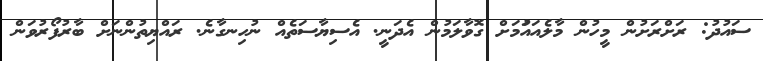
ސައުދު: ރަށްރަށުން މީހުން މާލެއައަުމަށް ގޮވާލަމުން އެދަނީ. އެސިޔާސަތެއް ނުހިނގާނެ. ރައްޔިތުންނަށް ބާރުފޯރުވަން